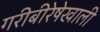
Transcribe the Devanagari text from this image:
गरीबीरेषेखाली